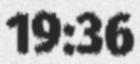
19:36